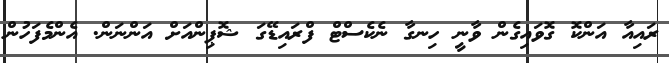
ރައިއާ އަންކޮ ގޮވައިގެން ވާނީ ހިނގާ ނެކެސްޓް ފްރައިޑޭގަ ޝޮޕިންއަށް އަންނަން. އެންމެފަހުން